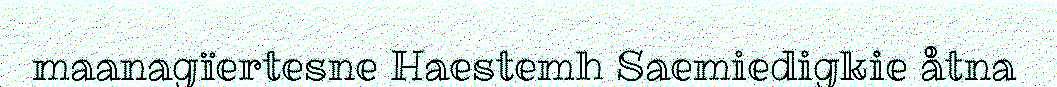
maanagïertesne Haestemh Saemiedigkie åtna